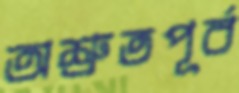
অশ্রুতপূর্ব